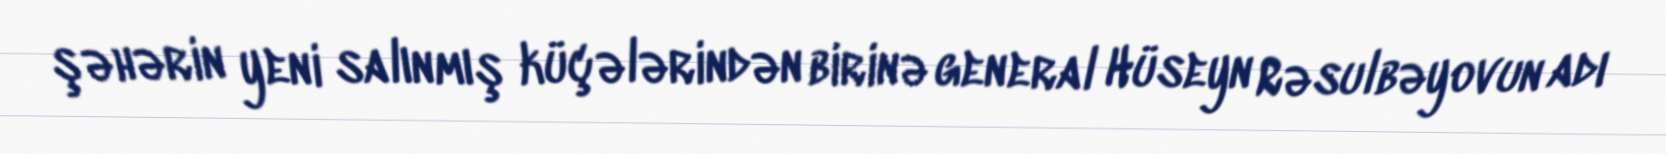
şəhərin yeni salınmış küçələrindən birinə general Hüseyn Rəsulbəyovun adı